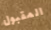
المقبول